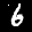
Label: 6